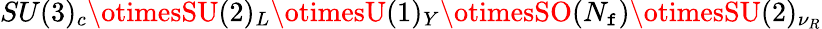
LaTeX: SU(3)_{c}\otimesSU(2)_{L}\otimesU(1)_{Y}\otimesSO(N_{\mathtt{f}})\otimesSU(2)_{\nu_{R}}